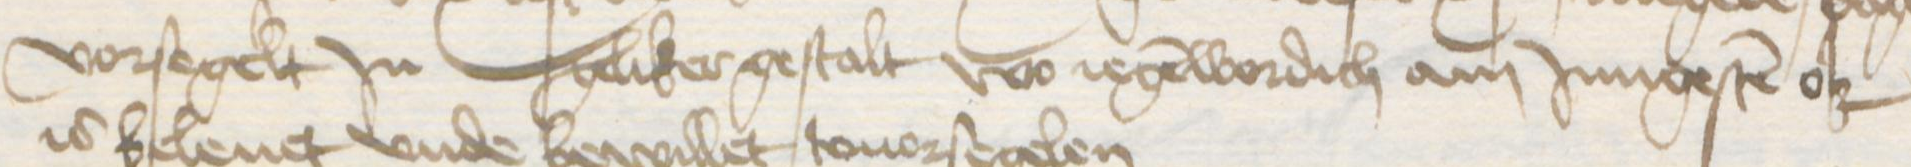
vorsegelt Jn geliker gestalt wo iegenwordich am Jungesten ok